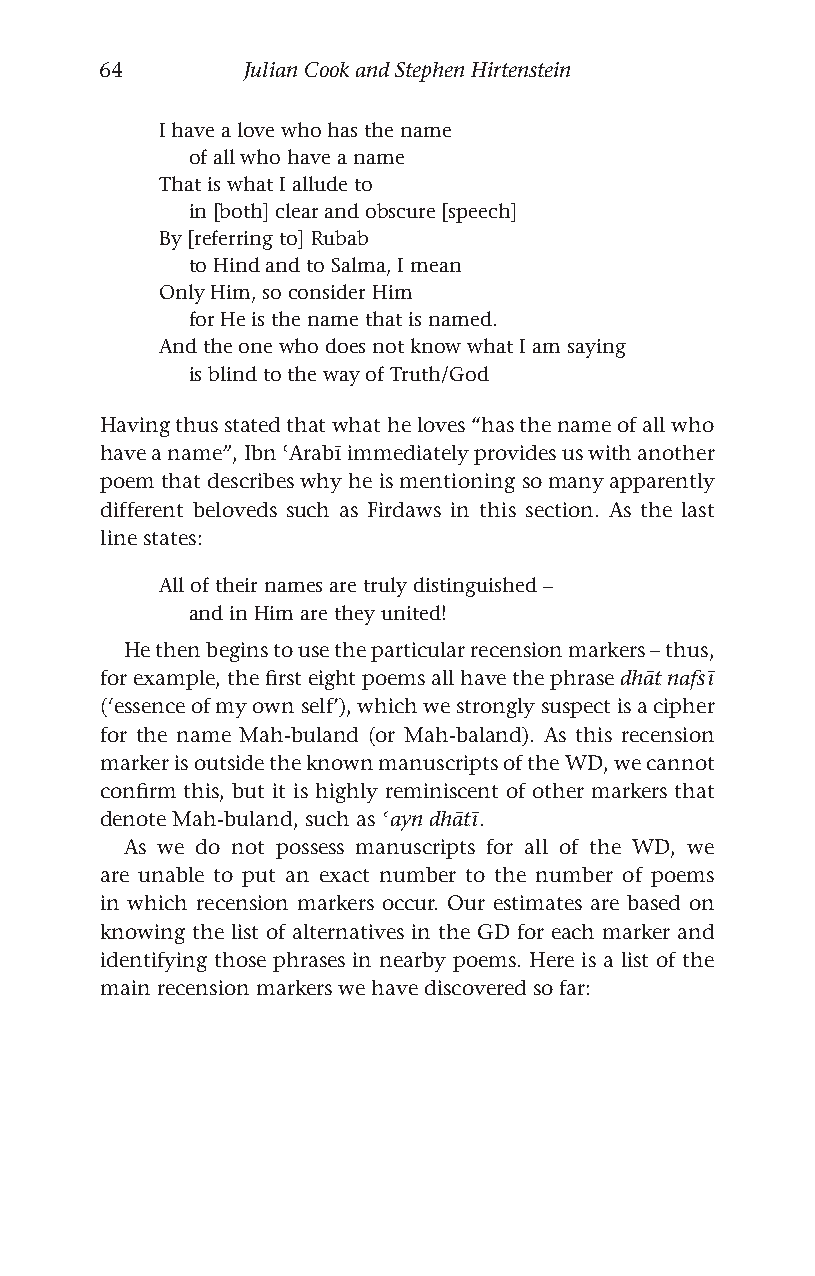
64       Julian Cook and Stephen Hirtenstein
 I have a love who has the name
 of all who have a name
 That is what I allude to
 in [both] clear and obscure [speech]
 By [referring to] Rubab
 to Hind and to Salma, I mean
 Only Him, so consider Him
 for He is the name that is named.
 And the one who does not know what I am saying
 is blind to the way of Truth/God
 Having thus stated that what he loves “has the name of all who
 have a name”, Ibn ʿArabī immediately provides us with another
 poem that describes why he is mentioning so many apparently
 different beloveds such as Firdaws in this section. As the last
 line states:
 All of their names are truly distinguished –
 and in Him are they united!
 He then begins to use the particular recension markers – thus,
 for example, the first eight poems all have the phrase dhāt nafsī
 (‘essence of my own self’), which we strongly suspect is a cipher
 for the name Mah-buland (or Mah-baland). As this recension
 marker is outside the known manuscripts of the WD, we cannot
 confirm this, but it is highly reminiscent of other markers that
 denote Mah-buland, such as ʿayn dhātī.
 As we do not possess manuscripts for all of the WD, we
 are unable to put an exact number to the number of poems
 in which recension markers occur. Our estimates are based on
 knowing the list of alternatives in the GD for each marker and
 identifying those phrases in nearby poems. Here is a list of the
 main recension markers we have discovered so far: